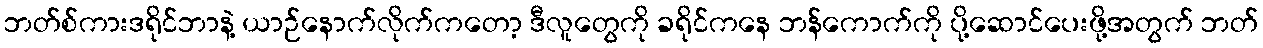
ဘတ်စ်ကားဒရိုင်ဘာနဲ့ ယာဉ်နောက်လိုက်ကတော့ ဒီလူတွေကို ခရိုင်ကနေ ဘန်ကောက်ကို ပို့ဆောင်ပေးဖို့အတွက် ဘတ်